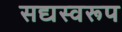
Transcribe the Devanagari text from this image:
सद्यस्वरूप